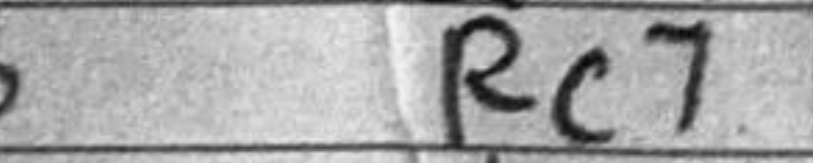
Transcription: Rc7